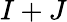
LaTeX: I+J